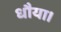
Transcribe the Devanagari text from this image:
धौया।